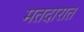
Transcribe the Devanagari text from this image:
मतदारात